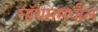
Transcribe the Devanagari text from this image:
गॉथममधील